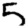
Digit: 5